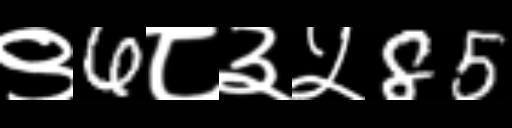
Text: ९6८३५85